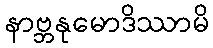
နာဗ္ဘနုမောဒိဿာမိ